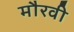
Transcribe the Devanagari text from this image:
मौरवी